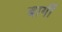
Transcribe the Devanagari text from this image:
बार्गी